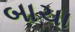
બાચા